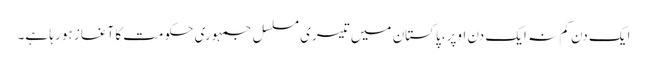
ایک دن کم نہ ایک دن اوپر، پاکستان میں تیسری مسلسل جمہوری حکومت کا آغاز ہو رہا ہے۔